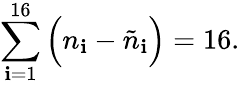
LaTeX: \sum_{\mathbf{i}=1}^{16}\Big(n_{\mathbf{i}}-\tilde{{n}}_{\mathbf{i}}\Big)=16.